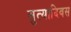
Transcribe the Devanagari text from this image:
सुत्यादिवस